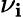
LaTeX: \nu_{\mathbf{i}}